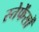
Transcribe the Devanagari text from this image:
स्तेफेंसों